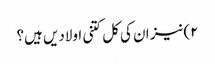
۲)نیز ان کی کل کتنی اولادیں ہیں؟